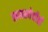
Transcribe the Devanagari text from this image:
समस्येचीही